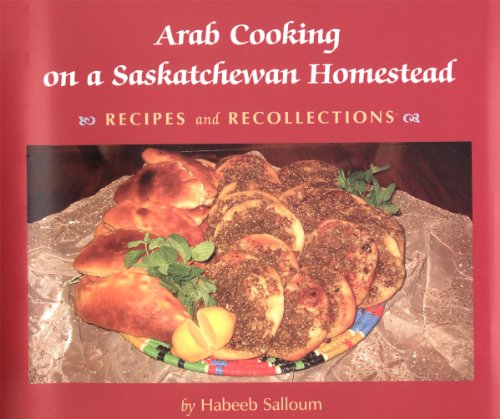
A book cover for Arab Cooking on Saskatchewan Homesteads: Recipes And Recollection (Trade Books based in Scholarship); Habeeb Salloum; Cookbooks, Food & Wine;